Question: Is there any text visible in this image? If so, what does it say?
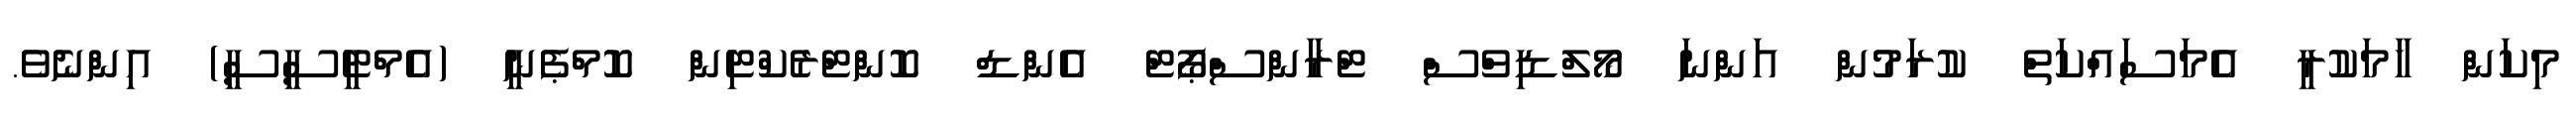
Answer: މިކަން ހާމަކުރީ އެމަސައްކަތް ކުރަމުން އަންނަ މޯލްޑިވްސް ޓްރާންސްޕޯޓް އެންޑް ކޮންޓްރެކްޓިން ކޮމްޕެނީ (އެމްޓީސީސީ) އިންނެވެ.